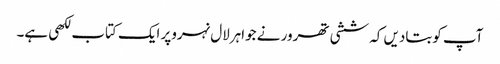
آپ کوبتادیں کہ ششی تھرور نے جواہرلال نہروپر ایک کتاب لکھی ہے۔